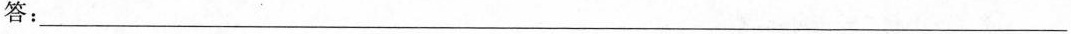
答:___